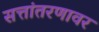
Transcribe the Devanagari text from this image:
सत्तांतरणावर